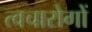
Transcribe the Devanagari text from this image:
त्वचारोगों